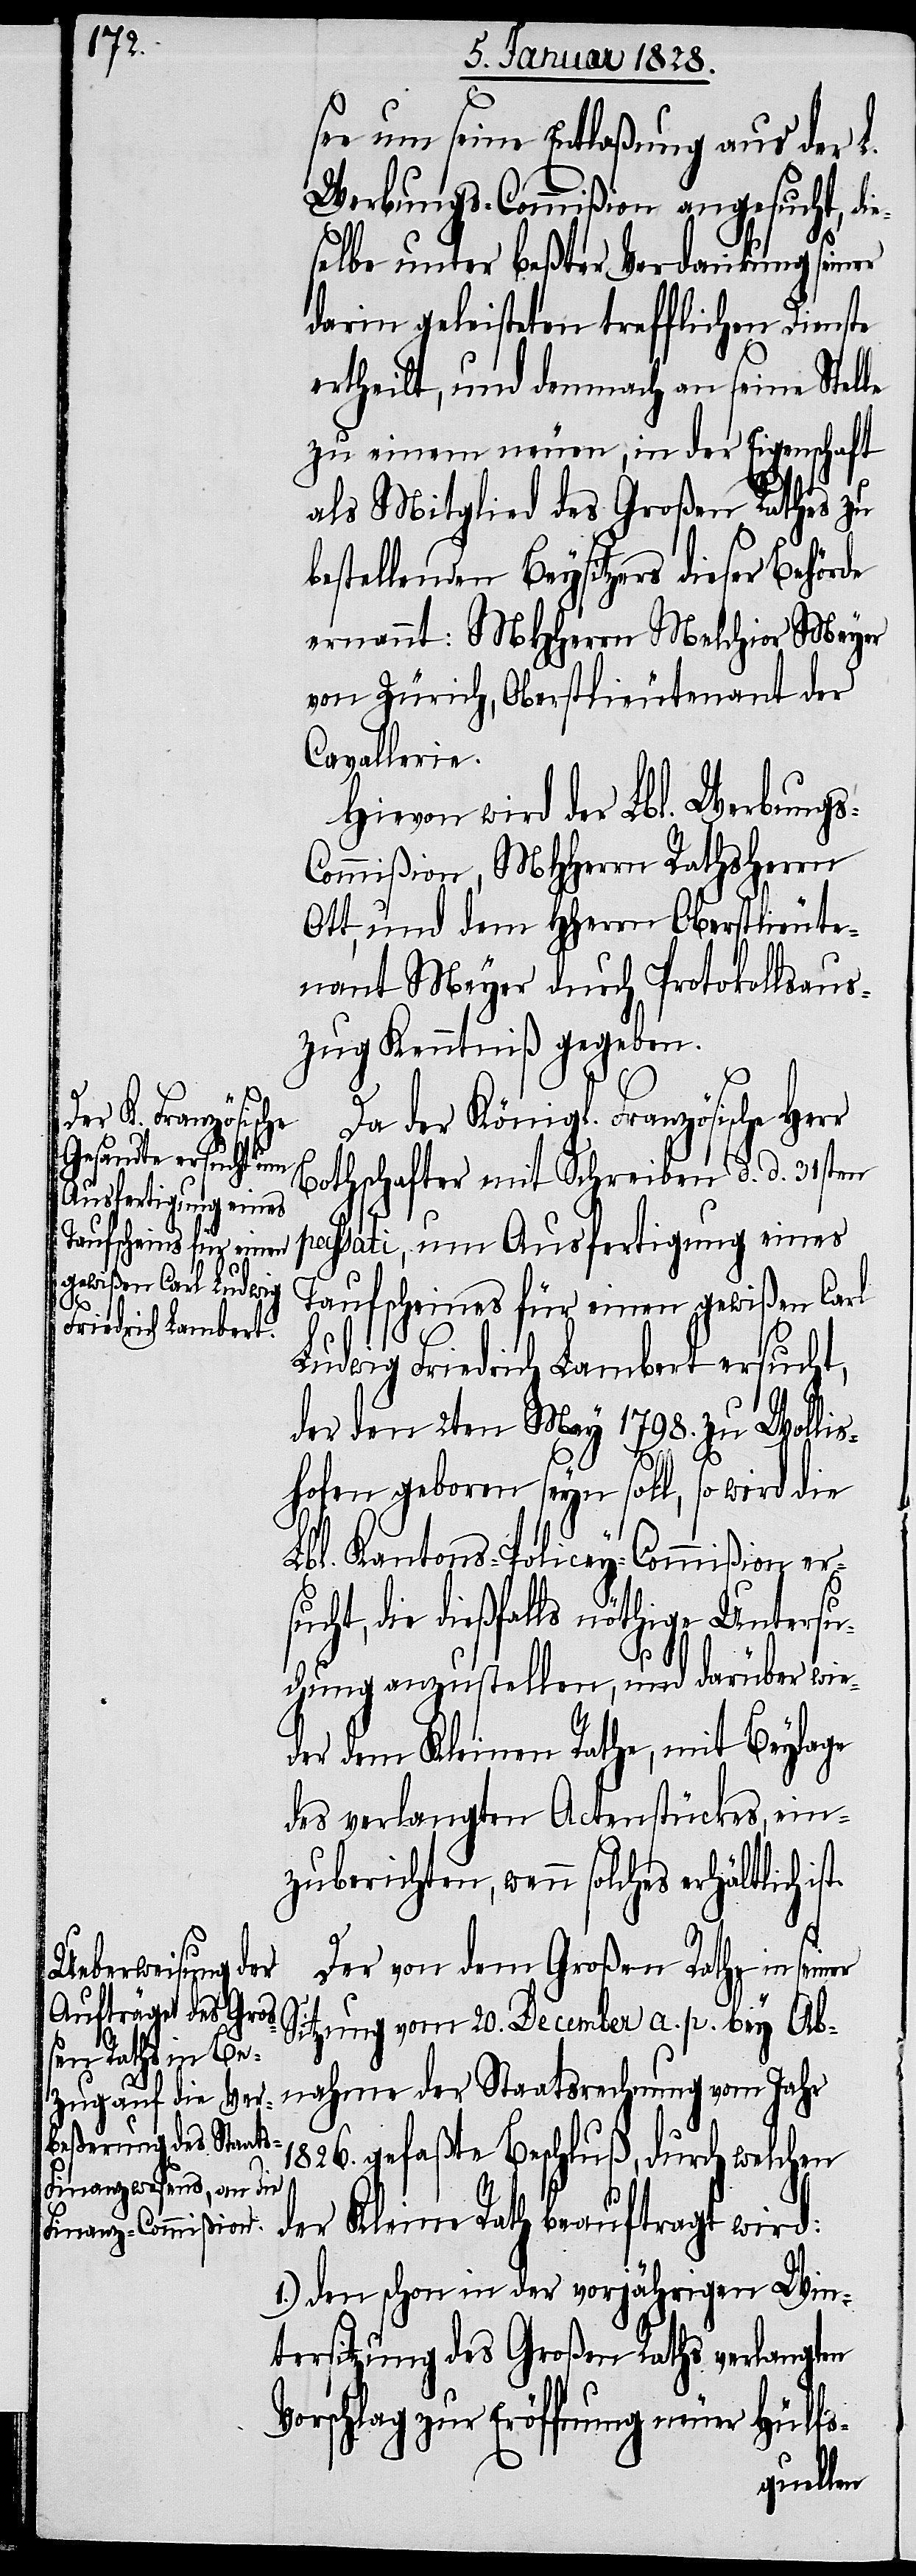
Ober¬

er
see um seine Entlaßung aus der L.
Werbungs-Commißion angesucht, di¬
selbe unter beßter Verdankung seiner
darin geleisteten trefflichen Dienste
ertheilt, und demnach an seine Stel¬
zu einem neuen, in der Eigenschaft
als Mtiglied des Großen Rathes zu
bestellenden Beysitzers dieser Behörde
ernannt: MHHerrn Melchior Meyer
von Zürich, Oberstlieutenant der
Cavallerie.
Hievon wird der Lbl. Werbung¬
nant Meyer durch Protokollsaus¬
zug Kenntniß gegeben.
Da der Königl. Französische
Bothschafter mit Schreiben d. d. 31sten
passati, um Ausfertigung eines
Taufscheines für einen gewißen Carl
Ludwig Friedrich Lambert ersucht,
der den 2ten May 1798. zu Wollis¬
hofen geboren seyn soll, so wird die
Lbl. Kantons-Policey-Commißion ersu¬
cht, die dießfalls nöthige Untersu¬
chung anzustellen, und darüber wie¬
der dem Kleinen Rathe, mit Beylage
des verlangten Actenstückes, ein¬
zuberichten, wenn solches erhältlich
Der von dem Großen Rathe in sein¬
Sitzung vom 20. December a. p. bey Ab¬
nahme der Staatsrechnung vom Jahr
1826. gefaßte Beschluß, durch welchen
der Kleine Rath beauftragt wird:
1.) Den schon in der vorjährigen Win¬
tersitzung des Großen Raths verlangten
Vorschlag zur Eröffnung neuer Hülfs-
mmißion,